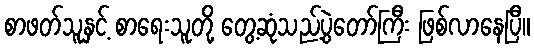
စာဖတ်သူနှင့် စာရေးသူတို့ တွေ့ဆုံသည့်ပွဲတော်ကြီး ဖြစ်လာနေပြီ။